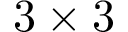
3 \times 3